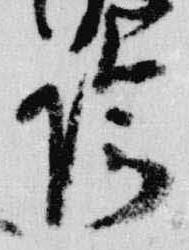
晴